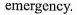
emergency.